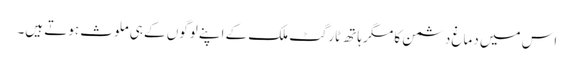
اس میں دماغ دشمن کا مگر ہاتھ ٹارگٹ ملک کے اپنے لوگوں کے ہی ملوث ہوتے ہیں۔